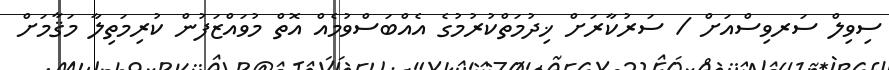
ސިވިލް ސަރވިސްއަށް / ސަރުކާރަށް ޚިދުމަތްކުރުމުގެ އެއްބަސްވުމެއް އޮތް މުވައްޒަފުން ކުރިމަތިލާ މަޤާމަށް